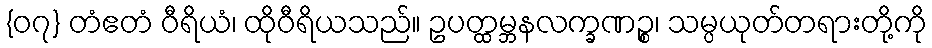
{၀၇} တံဧတံ ဝီရိယံ၊ ထိုဝီရိယသည်။ ဥပတ္ထမ္ဘနလက္ခဏဉ္စ၊ သမ္ပယုတ်တရားတို့ကို